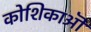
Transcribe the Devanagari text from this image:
कोशिकाऒ